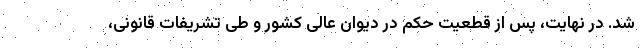
شد. در نهایت، پس از قطعیت حکم در دیوان عالی کشور و طی تشریفات قانونی،